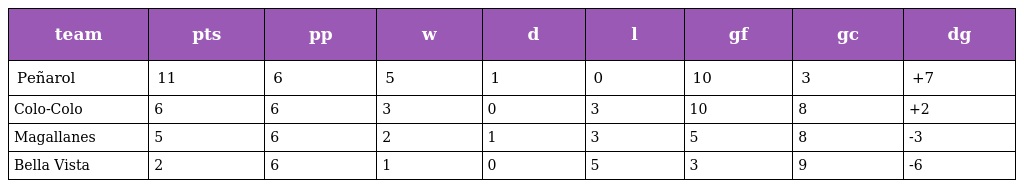
| team | pts | pp | w | d | l | gf | gc | dg |
 | --- | --- | --- | --- | --- | --- | --- | --- | --- |
 | Peñarol | 11 | 6 | 5 | 1 | 0 | 10 | 3 | +7 |
 | Colo-Colo | 6 | 6 | 3 | 0 | 3 | 10 | 8 | +2 |
 | Magallanes | 5 | 6 | 2 | 1 | 3 | 5 | 8 | -3 |
 | Bella Vista | 2 | 6 | 1 | 0 | 5 | 3 | 9 | -6 |